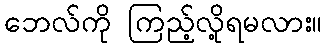
ဘေလ်ကို ကြည့်လို့ရမလား။